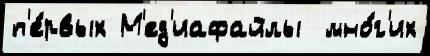
п'е́рвых М'ед'иафайлы  мно́г'их